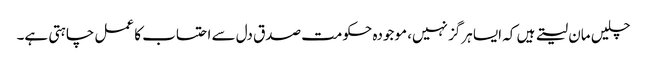
چلیں مان لیتے ہیں کہ ایسا ہرگز نہیں، موجودہ حکومت صدق دل سے احتساب کا عمل چاہتی ہے۔